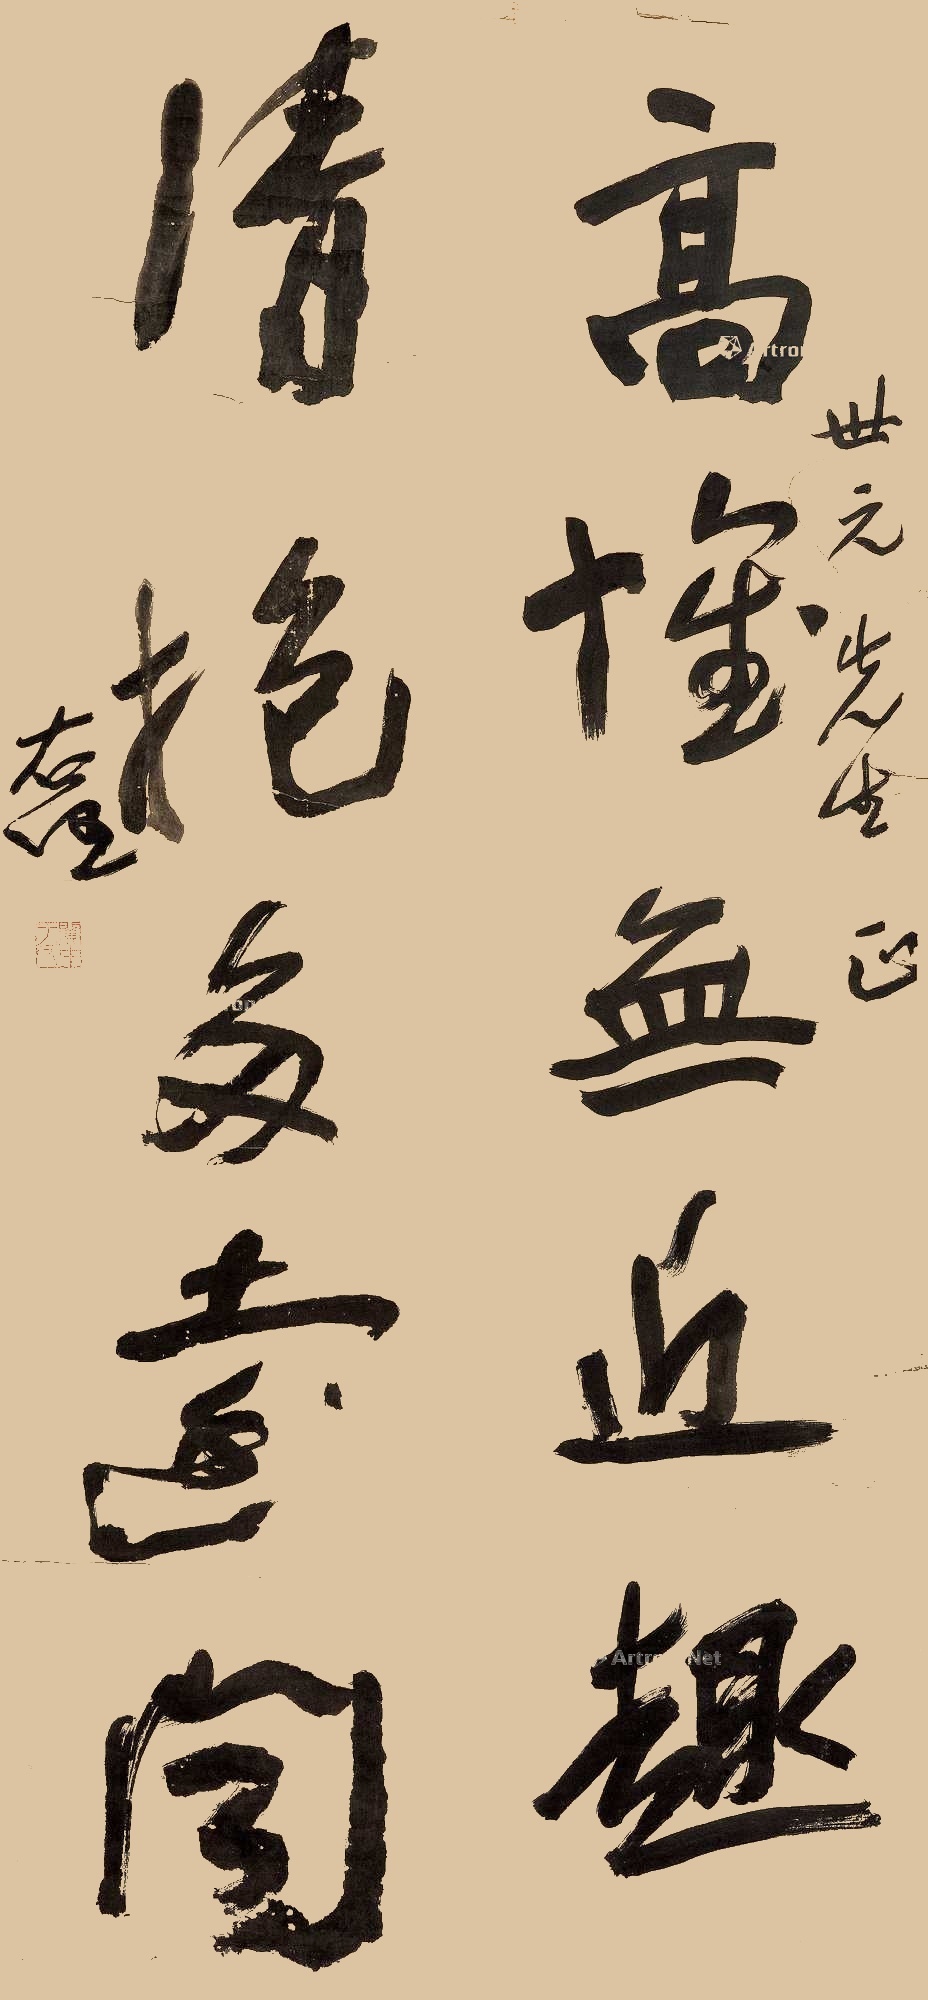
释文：高怀无近趣，清抱多远闻。世元先生正，右任。